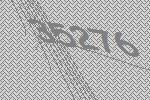
35276